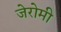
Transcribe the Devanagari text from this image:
जेरोमी